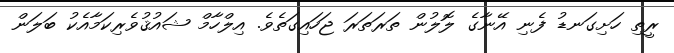
ރީތި ހަށިގަނޑު ފެނި އޭނާގެ ލޮލުން ތަރަތަރަ ޖަހައިގަތެވެ. އިލްހާމް ޝައުޤުވެރިކަމާއެކު ބަލަން